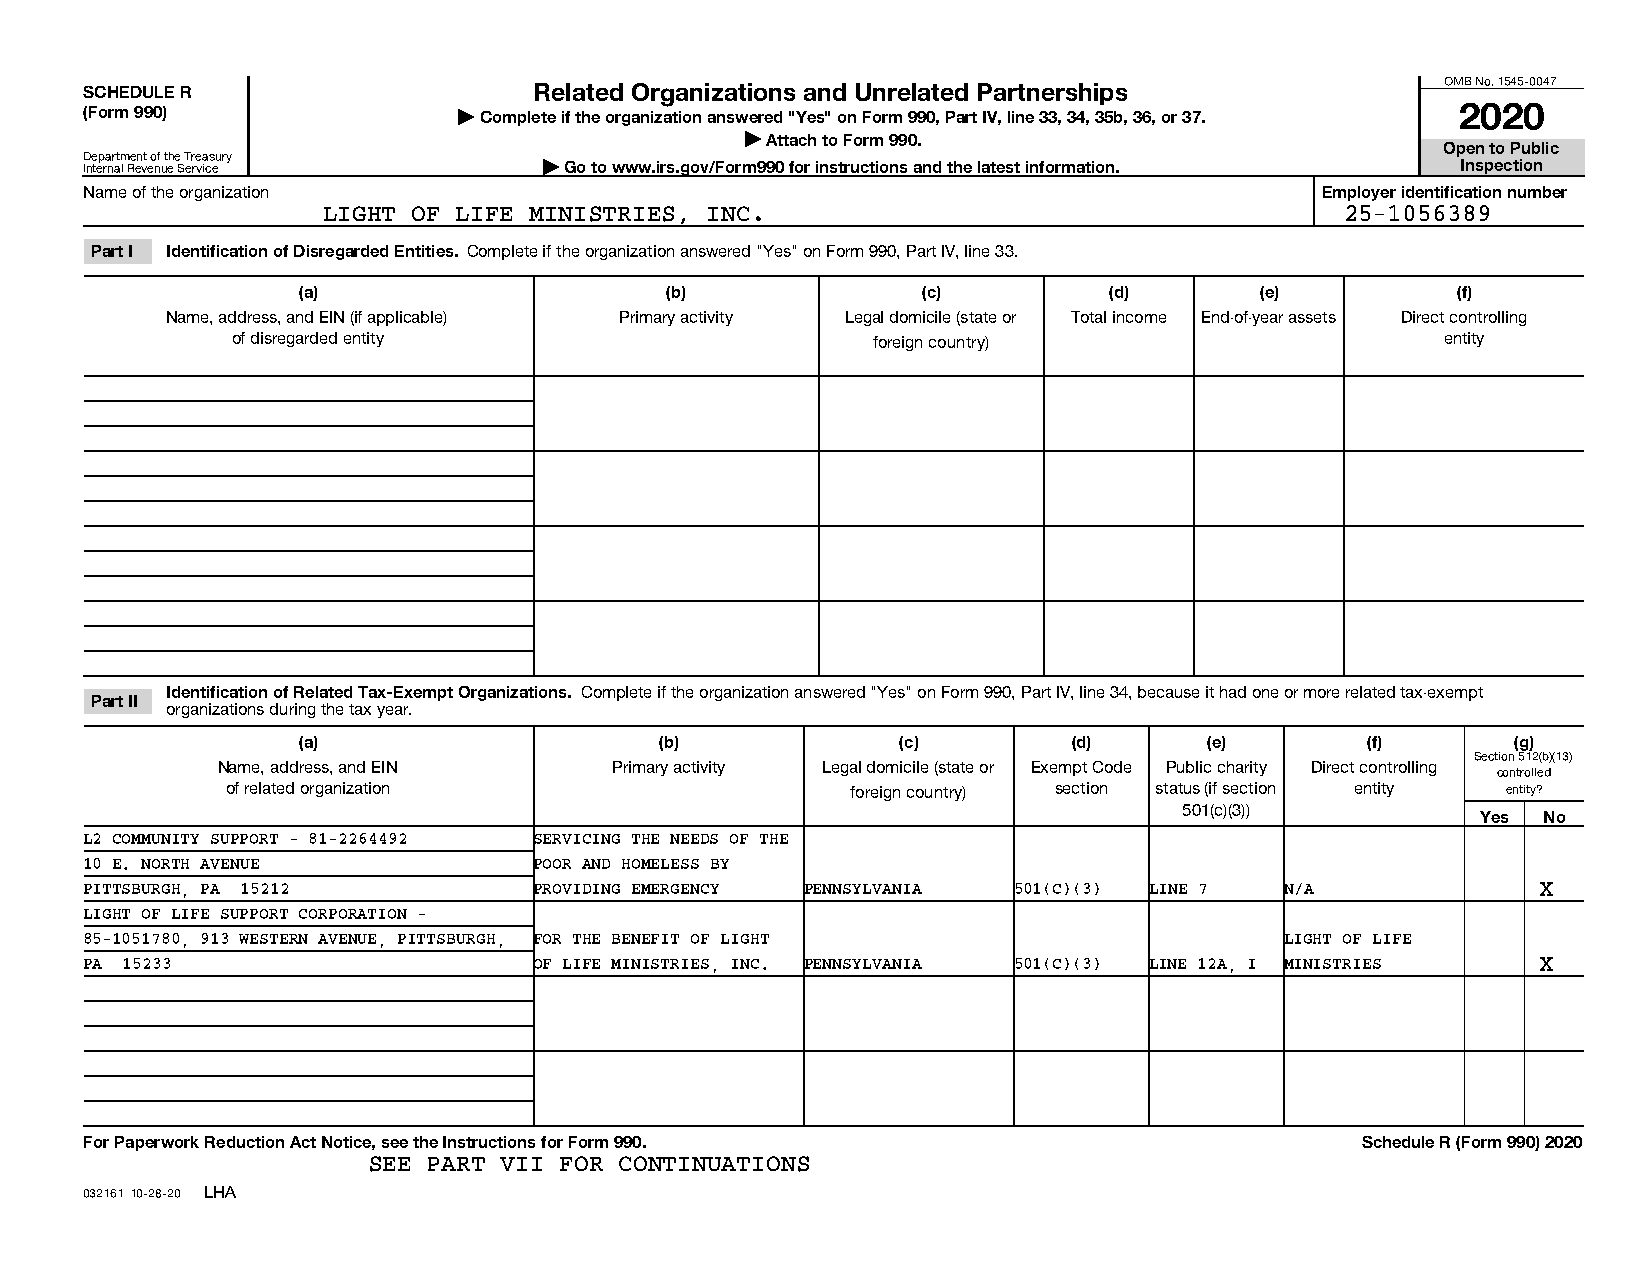
OMB No. 1545-0047
 SCHEDULE R                   Related Organizations and Unrelated Partnerships
 (Form 990)              | Complete if the organization answered "Yes" on Form 990, Part IV, line 33, 34, 35b, 36, or 37. 2020
 | Attach to Form 990.
 Open to Public
 Department of the Treasury
 Internal Revenue Service      | Go to www.irs.gov/Form990 for instructions and the latest information. Inspection
 Name of the organization                                                         Employer identification number
 LIGHT OF LIFE MINISTRIES, INC.                                      25-1056389
 Part I Identification of Disregarded Entities. Complete if the organization answered "Yes" on Form 990, Part IV, line 33.
 (a)                     (b)              (c)         (d)       (e)          (f)
 Name, address, and EIN (if applicable) Primary activity Legal domicile (state or Total income End-of-year assets Direct controlling
 of disregarded entity                      foreign country)                      entity
 Identification of Related Tax-Exempt Organizations. Complete if the organization answered "Yes" on Form 990, Part IV, line 34, because it had one or more related tax-exempt
 Part II
 organizations during the tax year.
 (a)                     (b)             (c)        (d)      (e)       (f)       (g)
 Section 512(b)(13)
 Name, address, and EIN    Primary activity Legal domicile (state or Exempt Code Public charity Direct controlling
 controlled
 of related organization                  foreign country) section status (if section entity entity?
 501(c)(3))
 Yes No
 L2 COMMUNITY SUPPORT - 81-2264492 SERVICING THE NEEDS OF THE
 10 E. NORTH AVENUE           POOR AND HOMELESS BY
 PITTSBURGH, PA 15212         PROVIDING EMERGENCY PENNSYLVANIA 501(C)(3) LINE 7 N/A              X
 LIGHT OF LIFE SUPPORT CORPORATION -
 85-1051780, 913 WESTERN AVENUE, PITTSBURGH, FOR THE BENEFIT OF LIGHT           LIGHT OF LIFE
 PA 15233                     OF LIFE MINISTRIES, INC. PENNSYLVANIA 501(C)(3) LINE 12A, I MINISTRIES X
 For Paperwork Reduction Act Notice, see the Instructions for Form 990.              Schedule R (Form 990) 2020
 SEE PART VII FOR CONTINUATIONS
 032161 10-28-20 LHA